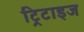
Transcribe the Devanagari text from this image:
ट्रिटाइज